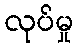
လုပ်မှု